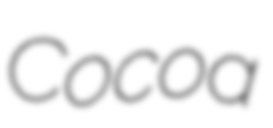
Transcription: Cocoa